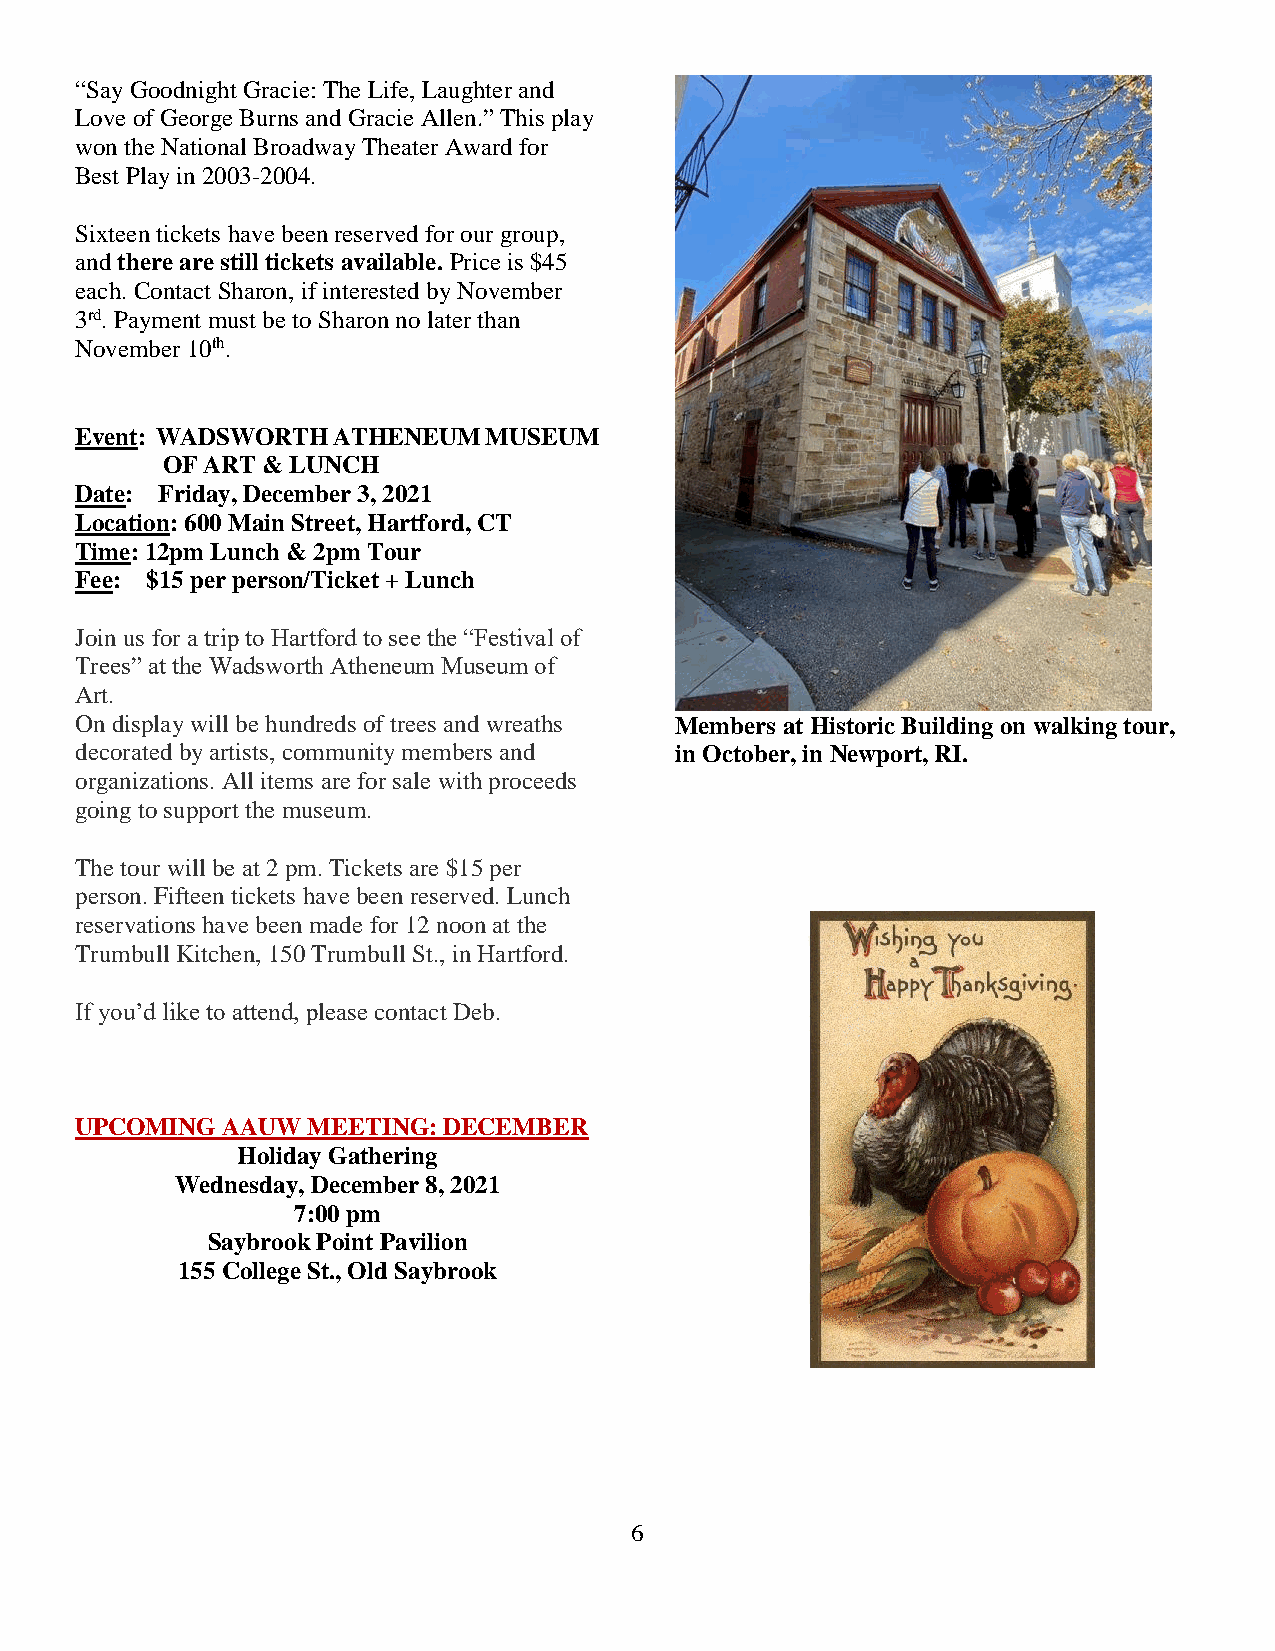
“Say Goodnight Gracie: The Life, Laughter and
 Love of George Burns and Gracie Allen.” This play
 won the National Broadway Theater Award for
 Best Play in 2003-2004.
 Sixteen tickets have been reserved for our group,
 and there are still tickets available. Price is $45
 each. Contact Sharon, if interested by November
 3rd. Payment must be to Sharon no later than
 November 10th.
 Event: WADSWORTH ATHENEUM  MUSEUM
 OF ART & LUNCH
 Date: Friday, December 3, 2021
 Location: 600 Main Street, Hartford, CT
 Time: 12pm Lunch & 2pm Tour
 Fee: $15 per person/Ticket + Lunch
 Join us for a trip to Hartford to see the “Festival of
 Trees” at the Wadsworth Atheneum Museum of
 Art.
 On display will be hundreds of trees and wreaths Members at Historic Building on walking tour,
 decorated by artists, community members and in October, in Newport, RI.
 organizations. All items are for sale with proceeds
 going to support the museum.
 The tour will be at 2 pm. Tickets are $15 per
 person. Fifteen tickets have been reserved. Lunch
 reservations have been made for 12 noon at the
 Trumbull Kitchen, 150 Trumbull St., in Hartford.
 If you’d like to attend, please contact Deb.
 UPCOMING  AAUW MEETING: DECEMBER
 Holiday Gathering
 Wednesday, December 8, 2021
 7:00 pm
 Saybrook Point Pavilion
 155 College St., Old Saybrook
 6